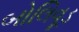
બોલિવૂડ